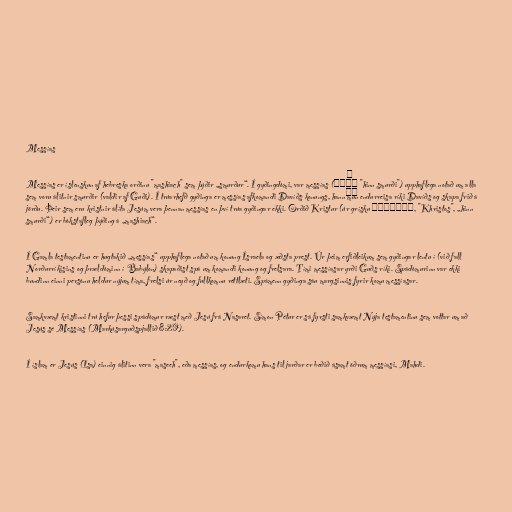
Messías

Messías er íslenskun af hebreska orðinu "mashiach" sem þýðir „smurður“. Í gyðingdómi, var messías (מָשִׁיח "hinn smurði") upphaflega notað um alla
sem voru álitnir smurðir (valdir af Guði). Í trúarhefð gyðinga er messías afkomandi Davíðs konungs, hann mun endurreisa ríki Davíðs og skapa frið á
jörðu. Þeir sem eru kristnir álíta Jesúm vera þennan messías en því trúa gyðingar ekki. Orðið Kristur (úr grísku Χριστός, "Khristos", „hinn
smurði“) er bókstafleg þýðing á „mashiach“.

Í Gamla testamentinu er hugtakið „messías“ upphaflega notað um konung Ísraela og æðsta prest. Úr þeim erfiðleikum sem gyðingar lentu í (við fall
Norðurríkisins og þrældóminn í Babýlon) skapaðist spá um komandi konung og frelsara. Tími messíasar yrði Guðs ríki. Spádómurinn var ekki
bundinn einni persónu heldur nýjum tíma, frelsi úr neyð og fullkomnu réttlæti. Spámenn gyðinga sáu margsinnis fyrir komu messíasar.

Samkvæmt kristinni trú hefur þessi spádómur ræst með Jesú frá Nasaret. Símon Pétur er sá fyrsti samkvæmt Nýja testamentinu sem vottar um að
Jesús sé Messías (Markúsarguðspjallið 8:29).

Í íslam er Jesús (Isa) einnig álitinn vera "maseeh", eða messías, og endurkomu hans til jarðar er beðið ásamt öðrum messíasi, Mahdi.